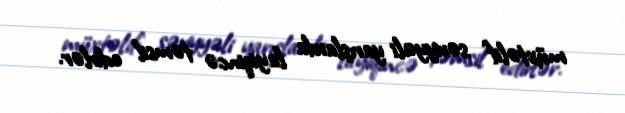
müxtəlif səviyyəli yarışlarda layiqincə təmsil edirlər.